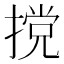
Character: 𫽮